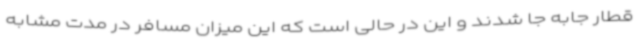
قطار جابه جا شدند و این در حالی است که این میزان مسافر در مدت مشابه